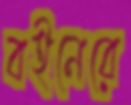
বইনেরে